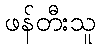
ဖန်တီးသူ